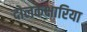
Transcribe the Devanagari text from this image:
दोलकक्षारिया